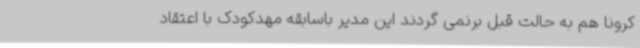
کرونا هم به حالت قبل برنمی گردند این مدیر باسابقه مهدکودک با اعتقاد